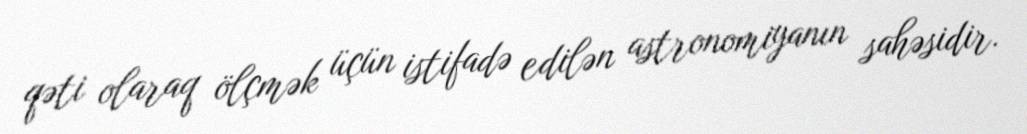
qəti olaraq ölçmək üçün istifadə edilən astronomiyanın sahəsidir.